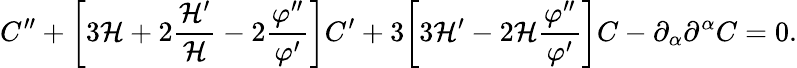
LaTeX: C^{\prime\prime}+\biggl[3{\cal H}+2\frac{{\cal H}^{\prime}}{\cal H}-2\frac{\varphi^{\prime\prime}}{\varphi^{\prime}}\biggr]C^{\prime}+3\biggl[3{\cal H}^{\prime}-2{\cal H}\frac{\varphi^{\prime\prime}}{\varphi^{\prime}}\biggr]C-\partial_{\alpha}\partial^{\alpha}C=0.